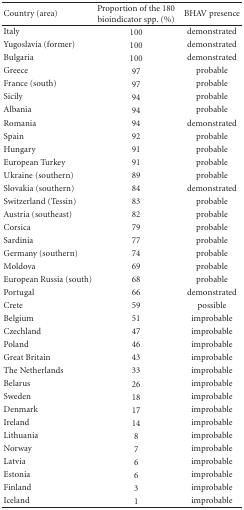
<table><thead><tr><td><b>Country (area)</b></td><td><b>Proportion of the 180 bioindicator spp. (%)</b></td><td><b>BHAV presence</b></td></tr></thead><tbody><tr><td>Italy</td><td>100</td><td>demonstrated</td></tr><tr><td>Yugoslavia (former)</td><td>100</td><td>demonstrated</td></tr><tr><td>Bulgaria</td><td>100</td><td>demonstrated</td></tr><tr><td>Greece</td><td>97</td><td>probable</td></tr><tr><td>France (south)</td><td>97</td><td>probable</td></tr><tr><td>Sicily</td><td>94</td><td>probable</td></tr><tr><td>Albania</td><td>94</td><td>probable</td></tr><tr><td>Romania</td><td>94</td><td>demonstrated</td></tr><tr><td>Spain</td><td>92</td><td>probable</td></tr><tr><td>Hungary</td><td>91</td><td>probable</td></tr><tr><td>European Turkey</td><td>91</td><td>probable</td></tr><tr><td>Ukraine (southern)</td><td>89</td><td>probable</td></tr><tr><td>Slovakia (southern)</td><td>84</td><td>demonstrated</td></tr><tr><td>Switzerland (Tessin)</td><td>83</td><td>probable</td></tr><tr><td>Austria (southeast)</td><td>82</td><td>probable</td></tr><tr><td>Corsica</td><td>79</td><td>probable</td></tr><tr><td>Sardinia</td><td>77</td><td>probable</td></tr><tr><td>Germany (southern)</td><td>74</td><td>probable</td></tr><tr><td>Moldova</td><td>69</td><td>probable</td></tr><tr><td>European Russia (south)</td><td>68</td><td>probable</td></tr><tr><td>Portugal</td><td>66</td><td>demonstrated</td></tr><tr><td>Crete</td><td>59</td><td>possible</td></tr><tr><td>Belgium</td><td>51</td><td>improbable</td></tr><tr><td>Czechland</td><td>47</td><td>improbable</td></tr><tr><td>Poland</td><td>46</td><td>improbable</td></tr><tr><td>Great Britain</td><td>43</td><td>improbable</td></tr><tr><td>The Netherlands</td><td>33</td><td>improbable</td></tr><tr><td>Belarus</td><td>26</td><td>improbable</td></tr><tr><td>Sweden</td><td>18</td><td>improbable</td></tr><tr><td>Denmark</td><td>17</td><td>improbable</td></tr><tr><td>Ireland</td><td>14</td><td>improbable</td></tr><tr><td>Lithuania</td><td>8</td><td>improbable</td></tr><tr><td>Norway</td><td>7</td><td>improbable</td></tr><tr><td>Latvia</td><td>6</td><td>improbable</td></tr><tr><td>Estonia</td><td>6</td><td>improbable</td></tr><tr><td>Finland</td><td>3</td><td>improbable</td></tr><tr><td>Iceland</td><td>1</td><td>improbable</td></tr></tbody></table>